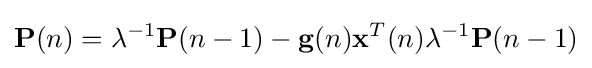
\mathbf {P} (n)=\lambda ^{-1}\mathbf {P} (n-1)-\mathbf {g} (n)\mathbf {x} ^{T}(n)\lambda ^{-1}\mathbf {P} (n-1)